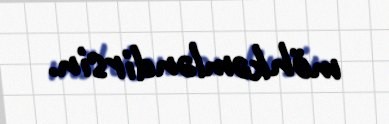
möhkəmləndirsin.